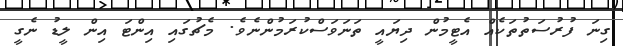
ގިނަ ފުރުސަތުތަކެއް އެޓީމުން ދިޔައީ ތަނަވަސްކުރަމުންނެވެ. މެޗުގައި އިންޓަ އިން ލީޑު ނެގީ